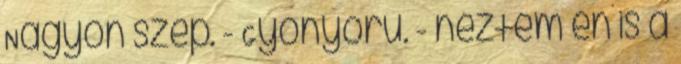
Nagyon szép. - Gyönyörű. - néztem én is a